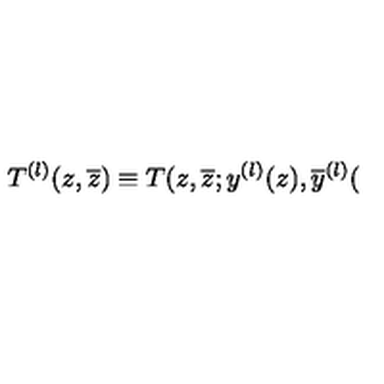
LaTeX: T ^ { ( l ) } ( z , \overline { { z } } ) \equiv T ( z , \overline { { z } } ; y ^ { ( l ) } ( z ) , \overline { { y } } ^ { ( l ) } (